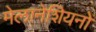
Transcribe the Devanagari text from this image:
मेलानेशियनों